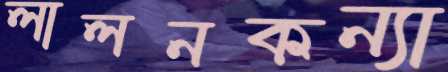
লালনকন্যা